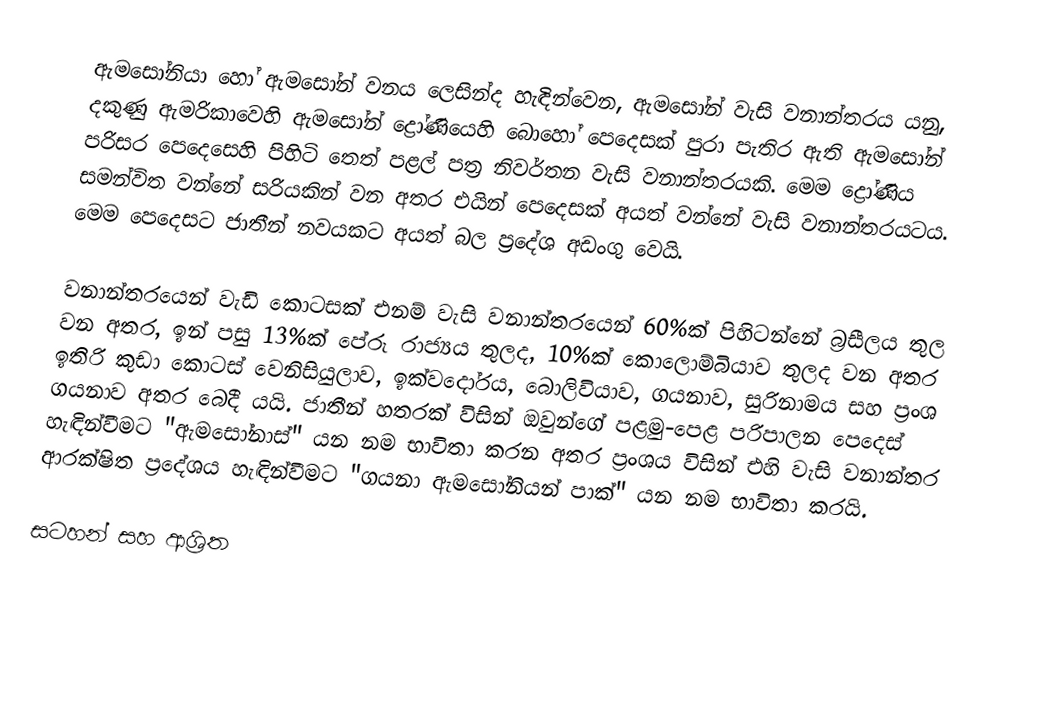
ඇමසෝනියා හෝ ඇමසෝන් වනය ලෙසින්ද හැඳින්වෙන, ඇමසෝන් වැසි වනාන්තරය    යනු, දකුණු ඇමරිකාවෙහි ඇමසෝන් ද්‍රෝණියෙහි බොහෝ පෙදෙසක් පුරා පැතිර ඇති  ඇමසෝන් පරිසර පෙදෙසෙහි පිහිටි    තෙත් පළල් පත්‍ර නිවර්තන වැසි වනාන්තරයකි. මෙම ද්‍රෝණිය සමන්විත වන්නේ  සරියකින් වන අතර එයින්  පෙදෙසක් අයත් වන්නේ වැසි වනාන්තරයටය. මෙම පෙදෙසට ජාතීන් නවයකට අයත් බල ප්‍රදේශ අඩංගු වෙයි.

වනාන්තරයෙන් වැඩි කොටසක් එනම් වැසි වනාන්තරයෙන් 60%ක්  පිහිටන්නේ බ්‍රසීලය තුල වන අතර, ඉන් පසු 13%ක් පේරූ රාජ්‍යය තුලද, 10%ක්  කොලොම්බියාව තුලද වන අතර ඉතිරි කුඩා කොටස් වෙනිසියුලාව, ඉක්වදෝරය, බොලිවියාව, ගයනාව, සුරිනාමය සහ ප්‍රංශ ගයනාව අතර බෙදී යයි. ජාතීන් හතරක් විසින් ඔවුන්ගේ පළමු-පෙළ පරිපාලන පෙදෙස් හැඳින්වීමට  "ඇමසෝනාස්" යන නම භාවිතා කරන අතර ප්‍රංශය විසින් එහි වැසි වනාන්තර ආරක්ෂිත ප්‍රදේශය හැඳින්වීමට  "ගයනා ඇමසෝනියන් පාක්" යන නම භාවිතා කරයි.

සටහන් සහ ආශ්‍රිත